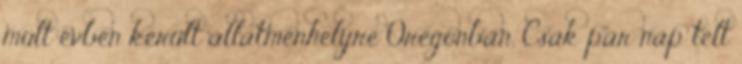
múlt évben került állatmenhelyre Oregonban. Csak pár nap telt